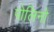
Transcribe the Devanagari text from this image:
पोलिनो